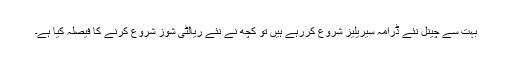
بہت سے چینل نئے ڈرامہ سیریلیز شروع کررہے ہیں تو کچھ نے نئے ریالٹی شوز شروع کرنے کا فیصلہ کیا ہے۔